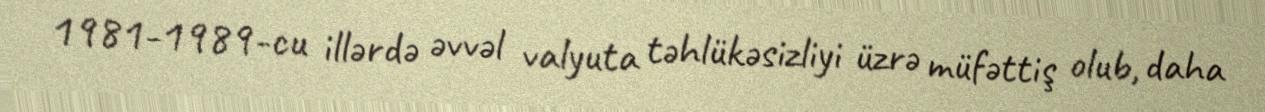
1981-1989-cu illərdə əvvəl valyuta təhlükəsizliyi üzrə müfəttiş olub, daha